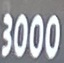
3000